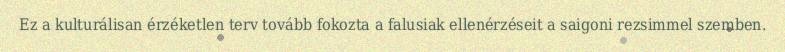
Ez a kulturálisan érzéketlen terv tovább fokozta a falusiak ellenérzéseit a saigoni rezsimmel szemben.